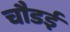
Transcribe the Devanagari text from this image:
चौडई